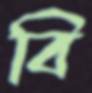
বি